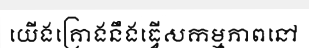
យើងគ្រោងនឹងធ្វើសកម្មភាពនៅ